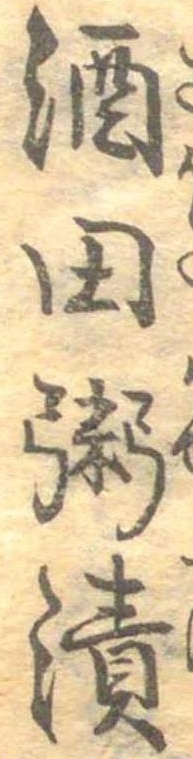
酒田粥漬